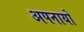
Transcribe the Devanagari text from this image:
अपनायो